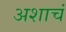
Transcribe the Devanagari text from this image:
अशाचं